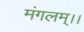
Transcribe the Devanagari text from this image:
मंगलम्।।